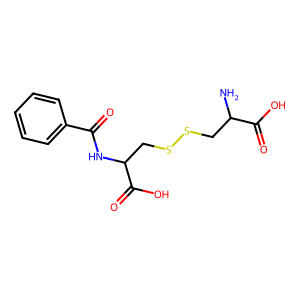
SMILES: NC(CSSCC(NC(=O)c1ccccc1)C(=O)O)C(=O)O
Inhibits HIV replication: No